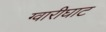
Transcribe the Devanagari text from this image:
ग्वारीघाट